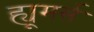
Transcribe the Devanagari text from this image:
ह्यूमर्स